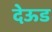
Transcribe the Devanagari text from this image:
देऊड